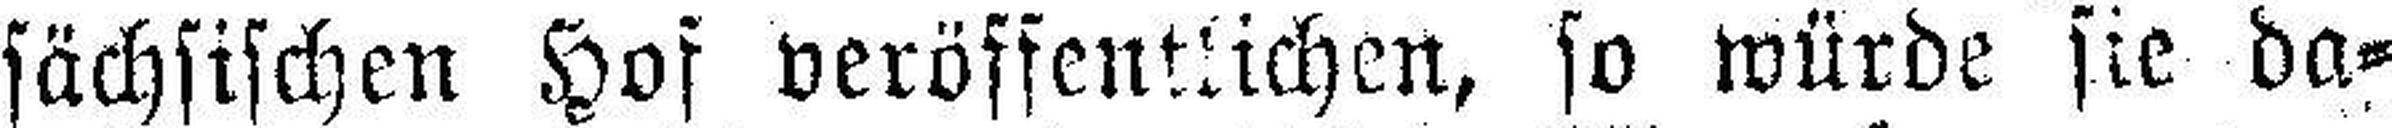
sächsischen Hof veröffentlichen, so würde sie da¬